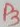
Text: P3